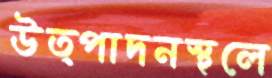
উত্পাদনস্থলে